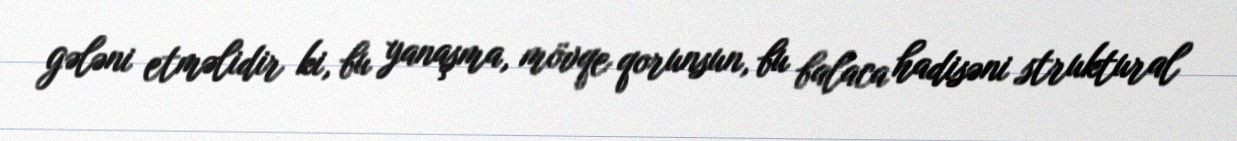
gələni etməlidir ki, bu yanaşma, mövqe qorunsun, bu balaca hadisəni struktural